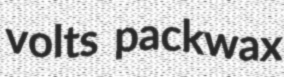
volts packwax